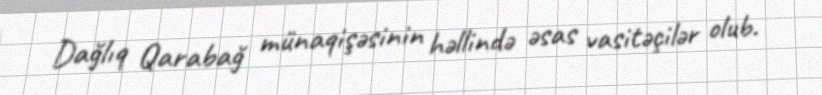
Dağlıq Qarabağ münaqişəsinin həllində əsas vasitəçilər olub.